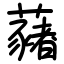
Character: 藸